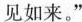
见如来。”